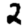
Digit: 2